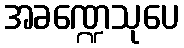
အခဏ္ဍေသုပေ